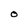
Character: O